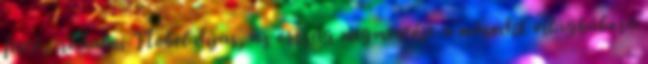
festő, irodalmi Nobel-díjas, az ország megmentője a második világháború